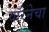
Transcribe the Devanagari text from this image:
वॉरेनेचा